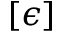
[ \epsilon ]